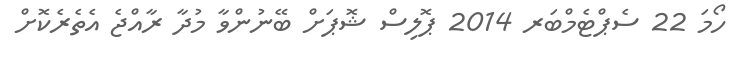
ހޯމަ 22 ސެޕްޓެމްބަރ 2014 ޕޮލިސް ޝޮޕަށް ބޭނުންވާ މުދާ ރާއްޖެ އެތެރެކޮށް